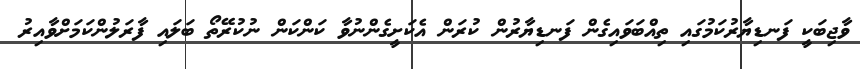
ވާޖިބަކީ ފަނޑިޔާރުކަމުގައި ތިއްބަވައިގެން ފަނޑިޔާރުން ކުރަން އެކަށީގެންނުވާ ކަންކަން ނުކުރޭތޯ ބަލައި ފާރަލުންކަމަށްވާއިރު